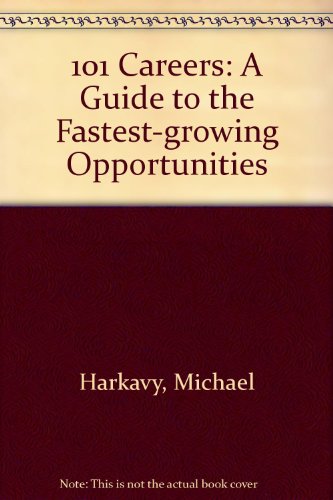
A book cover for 101 Careers: A Guide to the Fastest-Growing Opportunities; Michael Harkavy; Business & Money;